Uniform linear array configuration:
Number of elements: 16
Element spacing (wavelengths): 0.5
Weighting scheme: blackman
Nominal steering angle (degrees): -30
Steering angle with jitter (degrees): -29.105
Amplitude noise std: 0.05
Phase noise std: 0.05

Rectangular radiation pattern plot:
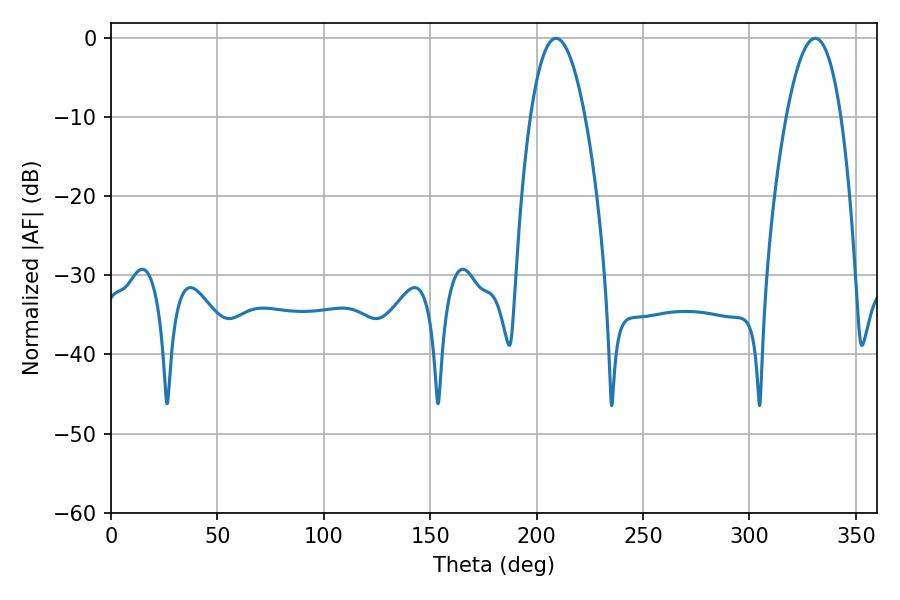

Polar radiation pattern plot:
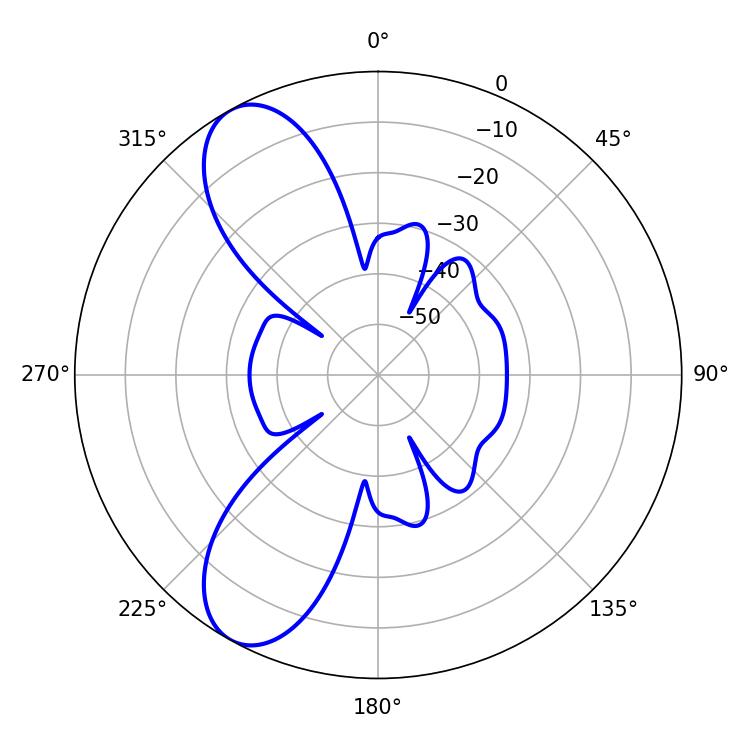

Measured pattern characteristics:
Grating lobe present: FALSE
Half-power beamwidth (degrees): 14.22
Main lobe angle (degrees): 209.16